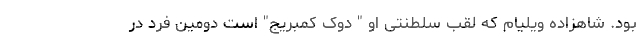
بود. شاهزاده ویلیام که لقب سلطنتی او " دوک کمبریج" است دومین فرد در